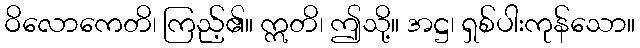
ဝိလောကေတိ၊ ကြည့်၏။ ဣတိ၊ ဤသို့။ အဋ္ဌ၊ ရှစ်ပါးကုန်သော။